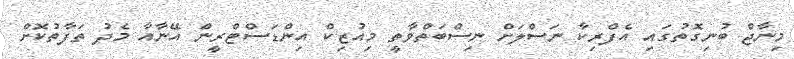
މިނާޖް ބުނިގޮތުގައި އެފްރިކާ ނަސްލަށް ނިސްބަތްވާތީ މިއުޒިކް އިންޑަސްޓްރީން އޭނާއާ މެދު ތަފާތުކޮށް